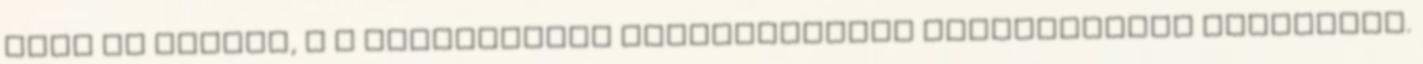
volt az aláíró,  a felhasznált kriptográfiai algoritmusok elavulnak.